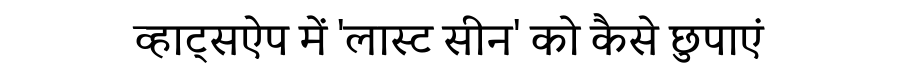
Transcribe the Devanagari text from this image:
व्हाट्सऐप में 'लास्ट सीन' को कैसे छुपाएं